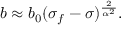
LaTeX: { b \approx b _ { 0 } ( \sigma _ { f } - \sigma ) ^ { \frac { 2 } { \alpha ^ { 2 } } } . }